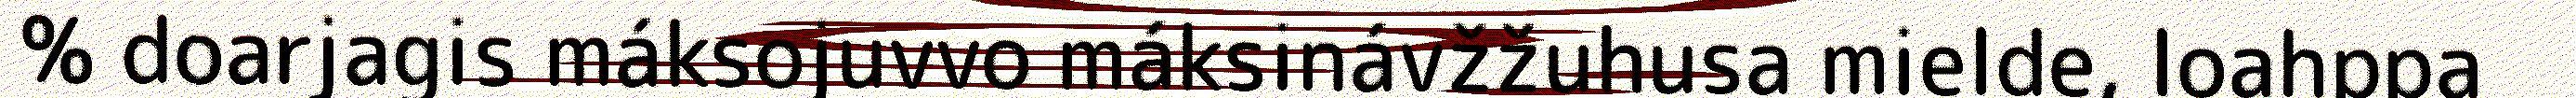
% doarjagis máksojuvvo máksinávžžuhusa mielde, loahppa